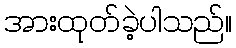
အားထုတ်ခဲ့ပါသည်။